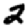
Digit: 2